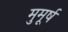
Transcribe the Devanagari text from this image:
मुमूर्ष